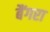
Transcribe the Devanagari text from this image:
बैंगरा